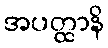
အပတ္ထာနိ